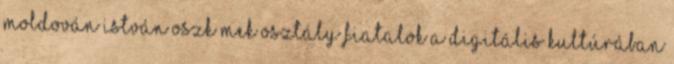
Moldován István OSZK MEK osztály Fiatalok a digitális kultúrában